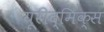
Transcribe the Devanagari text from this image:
यूरीद्मिक्स